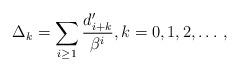
LaTeX: \begin{align*}\Delta_k=\sum_{i\geq 1}\frac{d'_{i+k}}{\beta^i},k=0,1,2,\ldots\,,\end{align*}